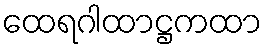
ထေရဂါထာဋ္ဌကထာ